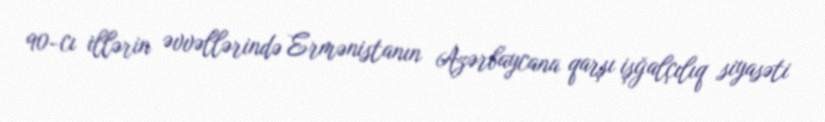
90-cı illərin əvvəllərində Ermənistanın Azərbaycana qarşı işğalçılıq siyasəti